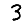
Digit: 3